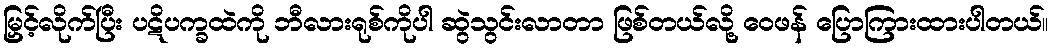
မြှင့်လိုက်ပြီး ပဋိပက္ခထဲကို ဘီလားရုစ်ကိုပါ ဆွဲသွင်းလာတာ ဖြစ်တယ်လို့ ဝေဖန် ပြောကြားထားပါတယ်။